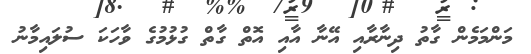
މަންމަމެން ގާތު ދިނާރާއި އޭނާ އާއި އޮތް ގާތް ގުޅުމުގެ ވާހަކަ ސުލައިމާނު